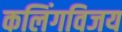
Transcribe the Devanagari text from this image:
कलिंगविजय